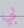
بي